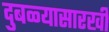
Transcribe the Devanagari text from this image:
दुबळ्यासारखी